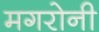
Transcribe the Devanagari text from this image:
मगरोनी